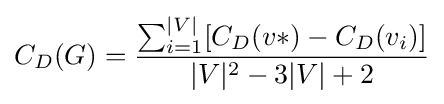
C_{D}(G)={\frac {\sum _{i=1}^{|V|}[C_{D}(v*)-C_{D}(v_{i})]}{|V|^{2}-3|V|+2}}